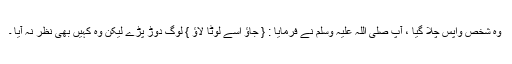
وہ شخص واپس چلا گیا ، آپ صلی اللہ علیہ وسلم نے فرمایا : { جاؤ اسے لوٹا لاؤ } لوگ دوڑ پڑے لیکن وہ کہیں بھی نظر نہ آیا ۔